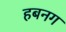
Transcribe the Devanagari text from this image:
हबनग